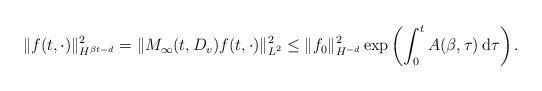
LaTeX: \begin{align*}\|f(t,\cdot)\|_{H^{\beta t-d}}^2 = \|M_\infty(t,D_v)f(t,\cdot)\|_{L^2}^2\le\|f_0\|_{H^{-d}}^2 \exp\left( \int_0^t A(\beta,\tau)\, \mathrm{d}\tau \right) .\end{align*}